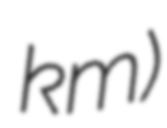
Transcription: km)